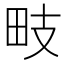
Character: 𭻁